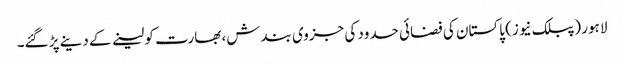
لاہور (پبلک نیوز) پاکستان کی فضائی حدود کی جزوی بندش، بھارت کو لینے کے دینے پڑ گئے۔